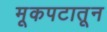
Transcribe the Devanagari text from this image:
मूकपटातून